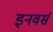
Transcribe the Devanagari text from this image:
इनवर्स